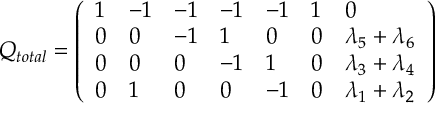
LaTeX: Q _ { t o t a l } = \left( \begin{array} { l l l l l l l } { { 1 } } & { { - 1 } } & { { - 1 } } & { { - 1 } } & { { - 1 } } & { { 1 } } & { { 0 } } \\ { { 0 } } & { { 0 } } & { { - 1 } } & { { 1 } } & { { 0 } } & { { 0 } } & { { \lambda _ { 5 } + \lambda _ { 6 } } } \\ { { 0 } } & { { 0 } } & { { 0 } } & { { - 1 } } & { { 1 } } & { { 0 } } & { { \lambda _ { 3 } + \lambda _ { 4 } } } \\ { { 0 } } & { { 1 } } & { { 0 } } & { { 0 } } & { { - 1 } } & { { 0 } } & { { \lambda _ { 1 } + \lambda _ { 2 } } } \end{array} \right)